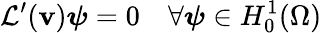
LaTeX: \mathcal{L}^{\prime}(\mathbf{v})\boldsymbol{\psi}=0\quad\forall\boldsymbol{\psi}\in H_{0}^{1}(\Omega)